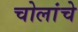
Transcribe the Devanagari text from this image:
चोलांचे